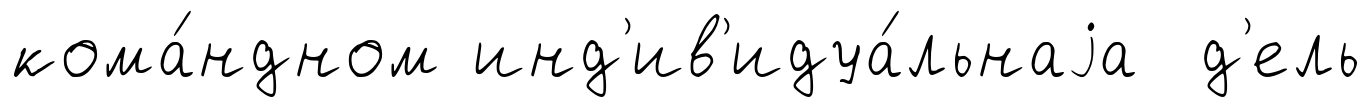
кома́ндном инд'ив'идуа́льнаjа д'ель